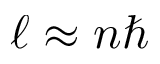
\ell \approx n \hbar